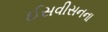
ઈસવીસનના